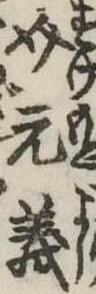
介元義